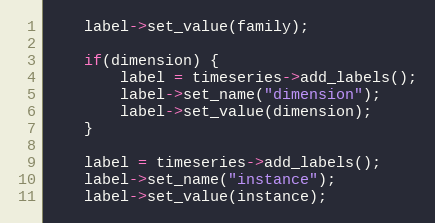
Language: C++
    label->set_value(family);

    if(dimension) {
        label = timeseries->add_labels();
        label->set_name("dimension");
        label->set_value(dimension);
    }

    label = timeseries->add_labels();
    label->set_name("instance");
    label->set_value(instance);